Madras plague regulations in force outside the Presidency town - Volume 3
Disease focus: Plague
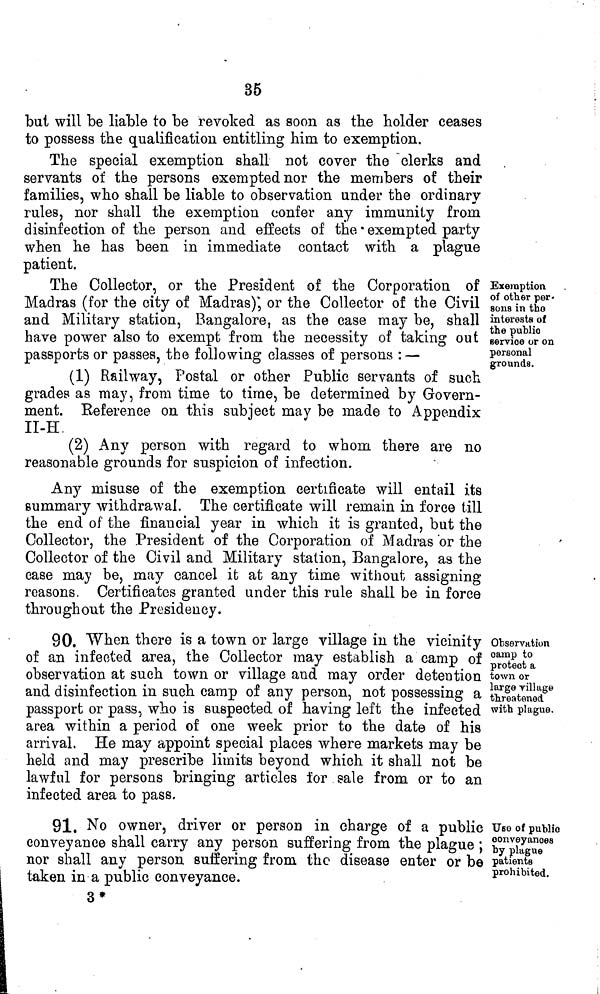
35
but will be liable to be revoked as soon as the holder ceases
to possess the qualification entitling him to exemption.
The special exemption shall not cover the clerks and
servants of the persons exempted nor the members of their
families, who shall be liable to observation under the ordinary
rules, nor shall the exemption confer any immunity from
disinfection of the person and effects of the * exempted party
when he has been in immediate contact with a plague
patient.
Exemption
of other per-
sons in the
interesta of
the public
service or on
personal
grounds.
The Collector, or the President of the Corporation of
Madras (for the city of Madras), or the Collector of the Civil
and Military station, Bangalore, as the case may be, shall
have power also to exempt from the necessity of taking out
passports or passes, the following classes of persons : —
(1) Railway, Postal or other Public servants of such
grades as may, from time to time, be determined by Govern-
ment. Reference on this subject may be made to Appendix
II-H,
(2) Any person with regard to whom there are no
reasonable grounds for suspicion of infection.
Any misuse of the exemption certificate will entail its
summary withdrawal. The certificate will remain in force till
the end of the financial year in which it is granted, but the
Collector, the President of the Corporation of Madras or the
Collector of the Civil and Military station, Bangalore, as the
case may be, may cancel it at any time without assigning
reasons. Certificates granted under this rule shall be in force
throughout the Presidency.
Observation
camp to
protect a
town or
large village
threatened
with plague.
90. When there is a town or large village in the vicinity
of an infected area, the Collector may establish a camp of
observation at such town or village and may order detention
and disinfection in such camp of any person, not possessing a
passport or pass, who is suspected of having left the infected
area within a period of one week prior to the date of his
arrival. He may appoint special places where markets may be
held and may prescribe limits beyond which it shall not be
lawful for persons bringing articles for sale from or to an
infected area to pass.
Use of public
conveyances
by plague
patients
prohibited.
91. No owner, driver or person in charge of a public
conveyance shall carry any person suffering from the plague ;
nor shall any person suffering from the disease enter or be
taken in a public conveyance.
3*